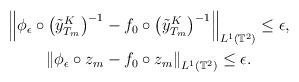
LaTeX: \begin{align*}\begin{gathered}\left\|\phi_\epsilon \circ \big(\tilde{y}_{T_m}^K\big)^{-1} - f_0 \circ \big(\tilde{y}_{T_m}^K\big)^{-1}\right\|_{L^1(\mathbb{T}^2)}\le\epsilon, \\\left\|\phi_\epsilon \circ z_m - f_0 \circ z_m\right\|_{L^1(\mathbb{T}^2)}\le\epsilon.\end{gathered}\end{align*}